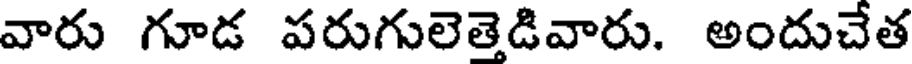
వారు గూడ పరుగులెతెడివారు. అందుచేత